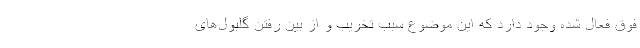
فوق فعال شده وجود دارد که این موضوع سبب تخریب و از بین رفتن گلبول‌های